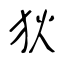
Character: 狄